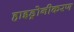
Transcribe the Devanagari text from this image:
हाइड्रोनीकरण